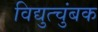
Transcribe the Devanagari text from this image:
विद्युत्चुंबक